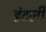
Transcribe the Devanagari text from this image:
डंटली